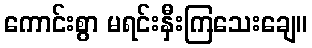
ကောင်းစွာ မရင်းနှီးကြသေးချေ။